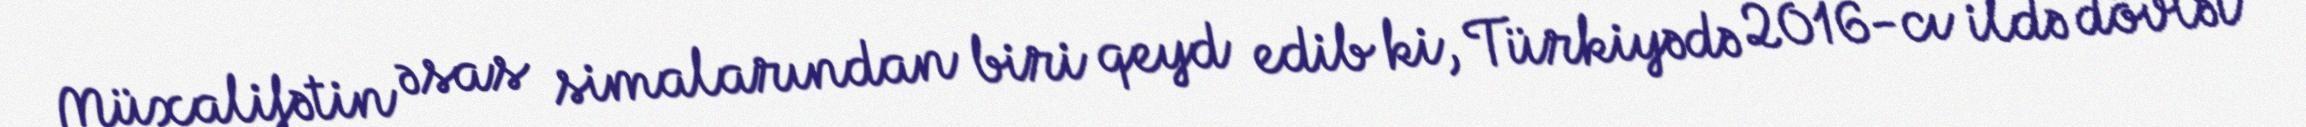
Müxalifətin əsas simalarından biri qeyd edib ki, Türkiyədə 2016-cı ildə dövlət